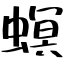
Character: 螟